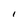
Character: I